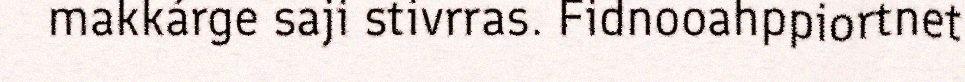
makkárge saji stivrras. Fidnooahppiortnet